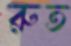
রুত